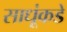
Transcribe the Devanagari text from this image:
साधूंकडे